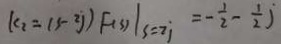
k _ { 2 } = ( s - z j ) F ( 3 ) \vert s = z j = - \frac { 1 } { 2 } - \frac { 1 } { 2 } j